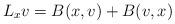
LaTeX: \begin{align*} L_x v = B(x,v) + B(v,x)\end{align*}